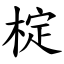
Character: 椗